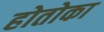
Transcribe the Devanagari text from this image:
होतोका